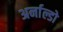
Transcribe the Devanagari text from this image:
अर्नाल्डो